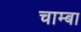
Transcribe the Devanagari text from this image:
चाम्बा